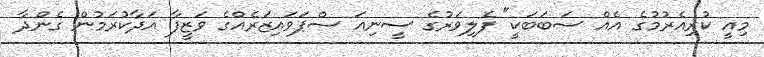
މިއީ ކުރިއެރުމުގެ އެއް ސަބަބަކީ" ފެލިވަރުގެ ސީނިއަ ސްޕަވައިޒަރެއްގެ ވަޒީފާ އަދާކުރަމުން ގެންދާ